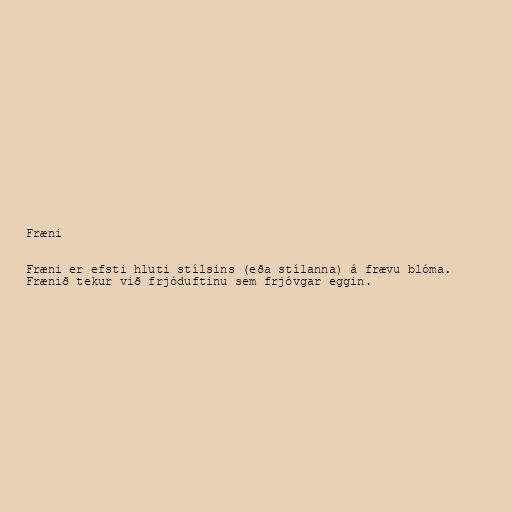
Fræni

Fræni er efsti hluti stílsins (eða stílanna) á frævu blóma.
Frænið tekur við frjóduftinu sem frjóvgar eggin.